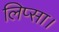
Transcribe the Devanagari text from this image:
लिप्सा।